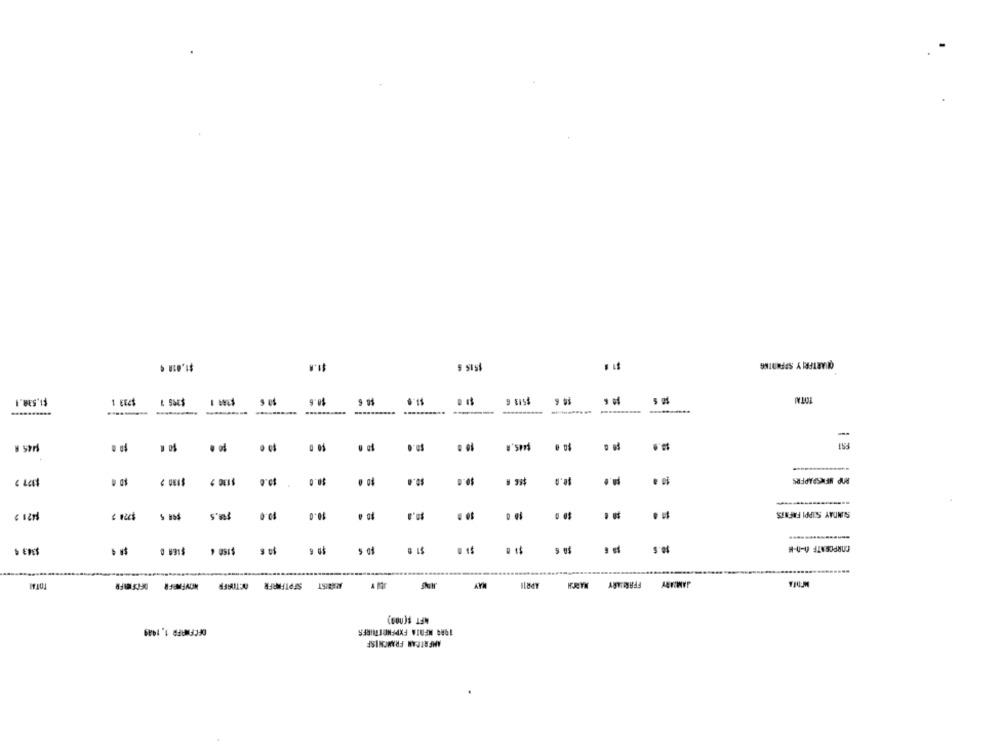
$1,018 €
$1.8
QUARTERLY SPFADTNG
, SIS
TOTM
$1.538.4
$8.6
$6 6
$1.6
$513 6
$0.0
$90
$0.0
$0.0
POP NEWSPAPERS
4 Lat
10.0
SUNDAY SIPPI FAFNTS
$1 5
$0.6
CORPORATE 0-0-6
Total
SEPTEMBER OCTOAFR
MAY
FFARLARY
MFT $(000)
DECEMBER 1,1989
1984 MEDIA FXPENDITUIRES
AMERICAN FRANCHISE